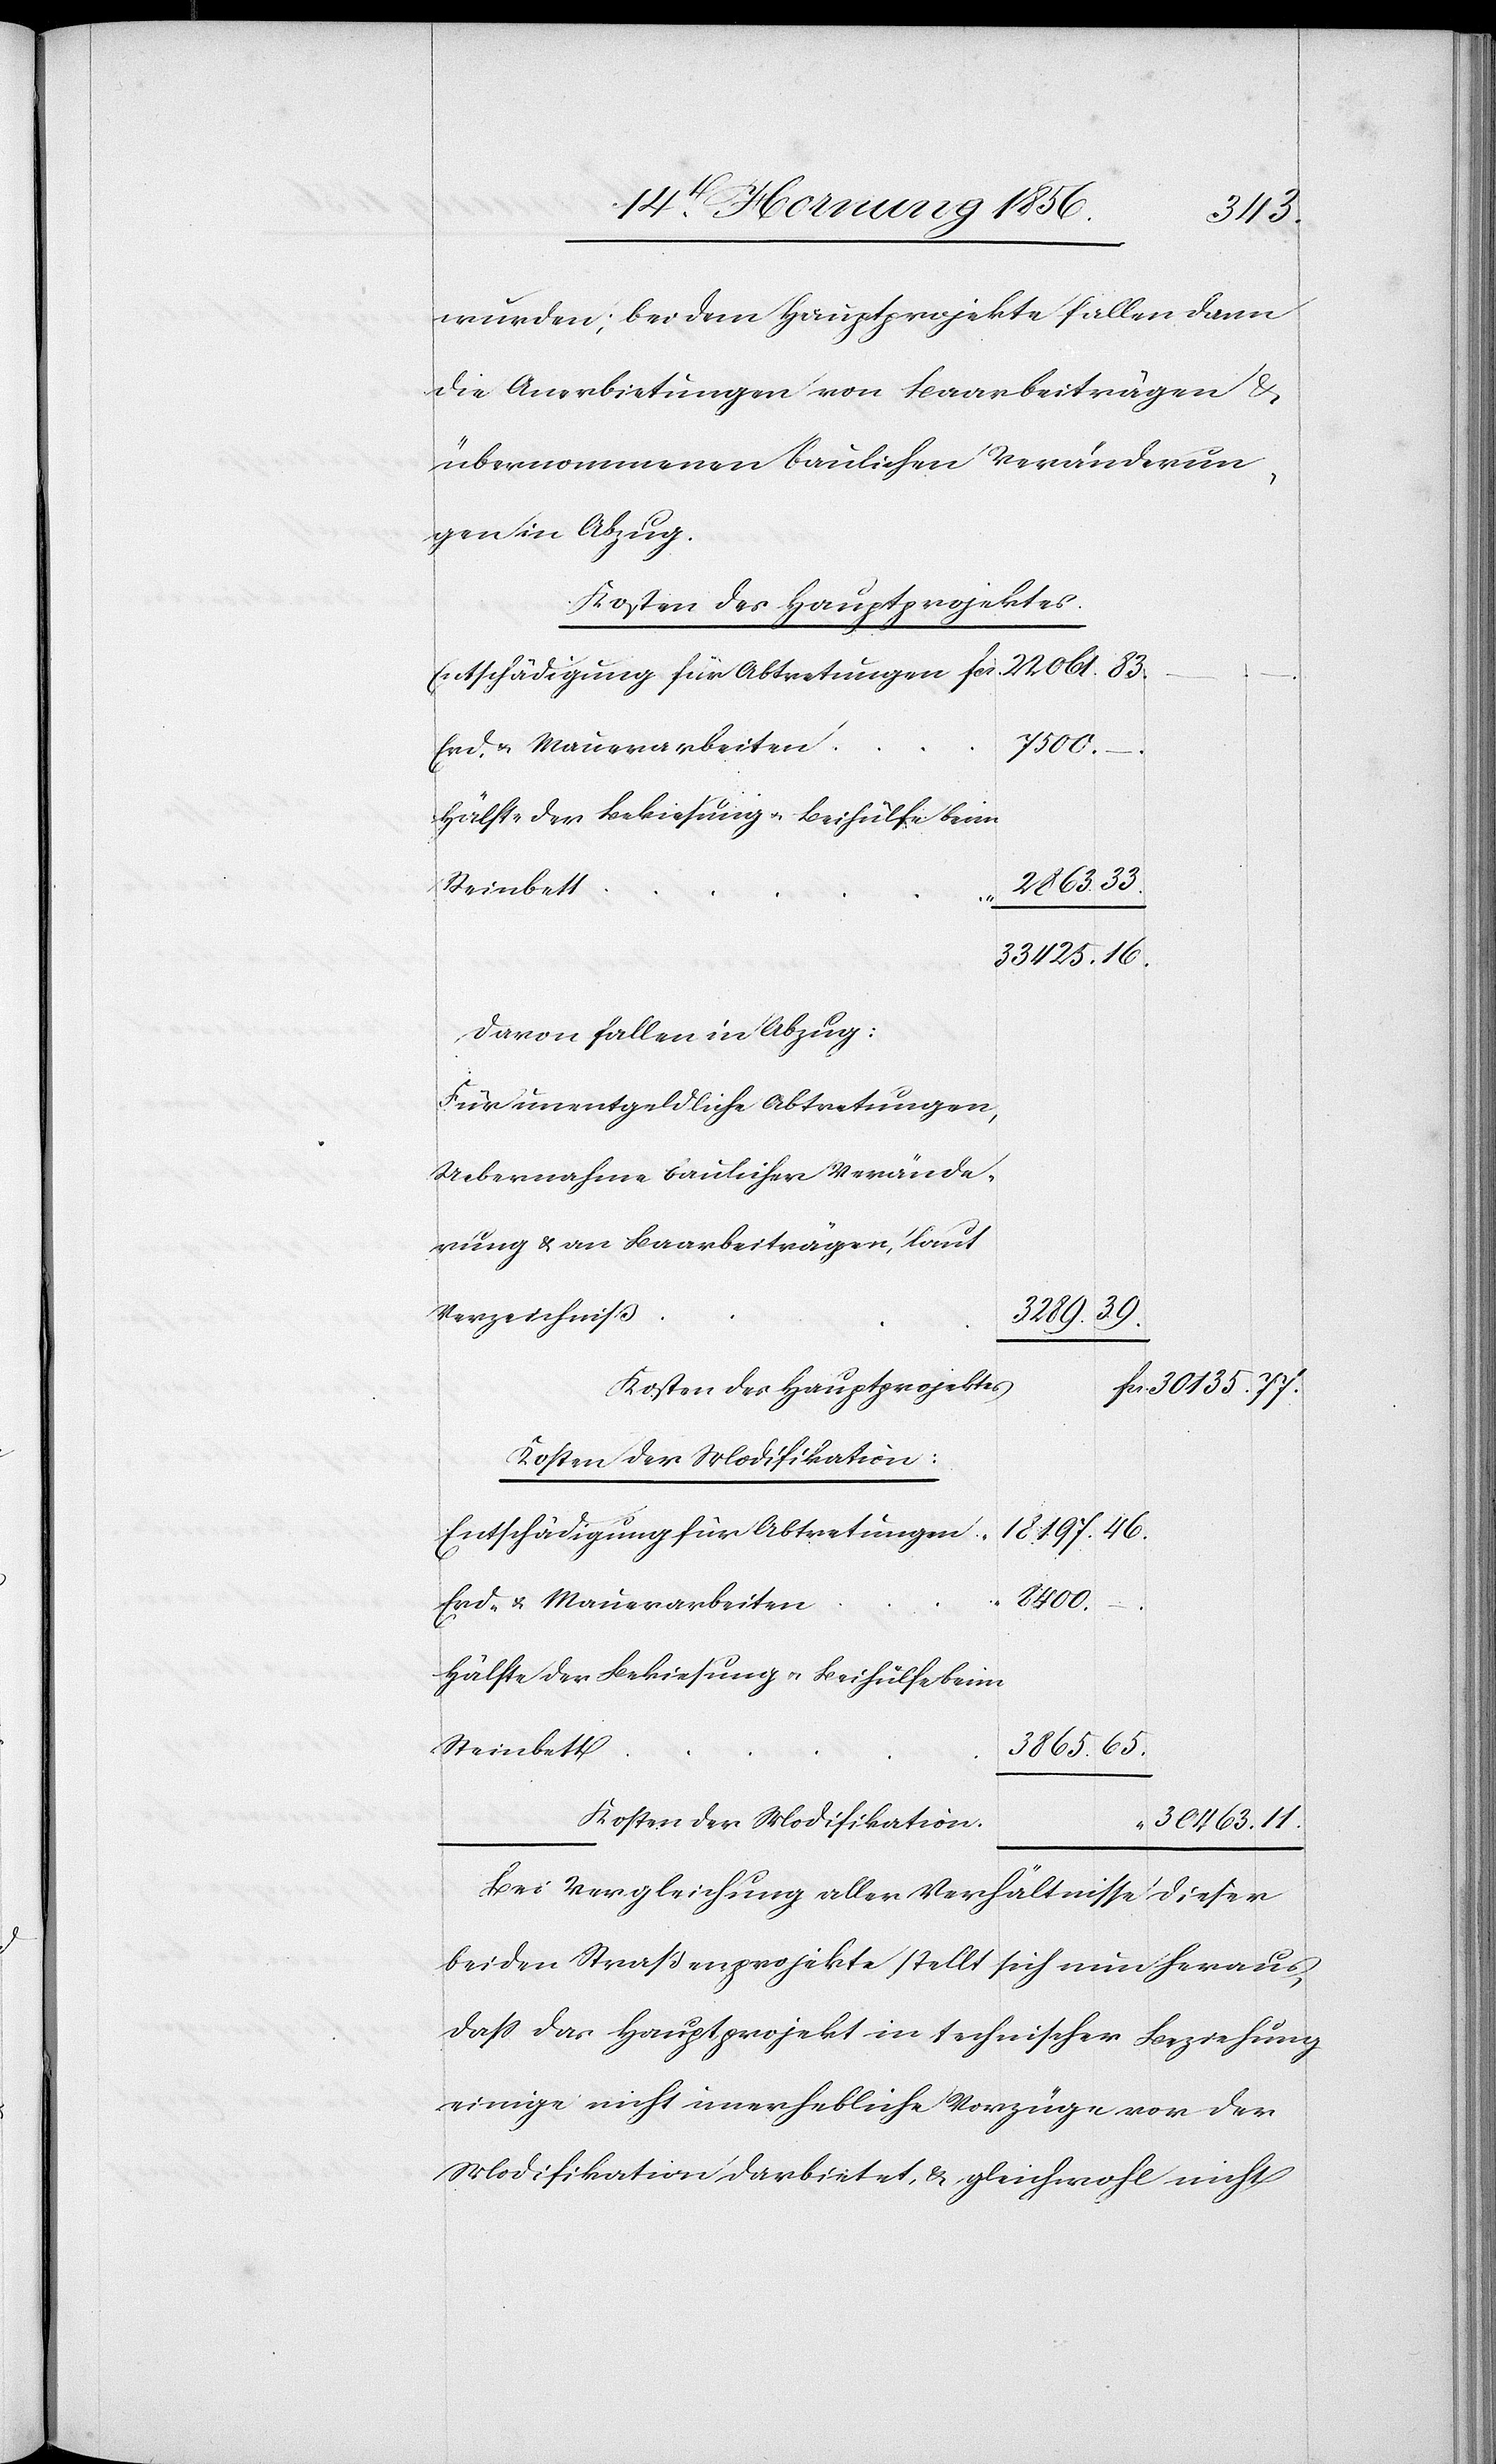
wurden; bei dem Hauptprojekte fallen dann
die Anerbietungen von Baarbeiträgen &
übernommenen baulichen Veränderun¬
gen in Abzug.
Kosten des Hauptprojektes
Erd- u. Mauerarbeiten
8400.
davon fallen in Abzug:
Für unentgeldliche Abtretungen,
Uebernahme baulicher Verände¬
rung & an Baarbeiträgen laut
Verzeichniß
39.
3289.
Kosten des Hauptprojektes
Kosten der Modifikation:
46.
18197.
Entschädigung für Abtretungen
fcs.
Erd- & Mauerarbeiten
–.
Hälfte der Bekiesung u. Beihülfe beim
Steinbett
65.
3865.
Kosten der Modifikation
30463.11.
Bei Vergleichung aller Verhältnisse dieser
beiden Straßenprojekte stellt sich nun heraus,
daß das Hauptprojekt in technischer Beziehung
einige nicht unerhebliche Vorzüge vor der
Modifikation darbietet, & gleichwohl nicht